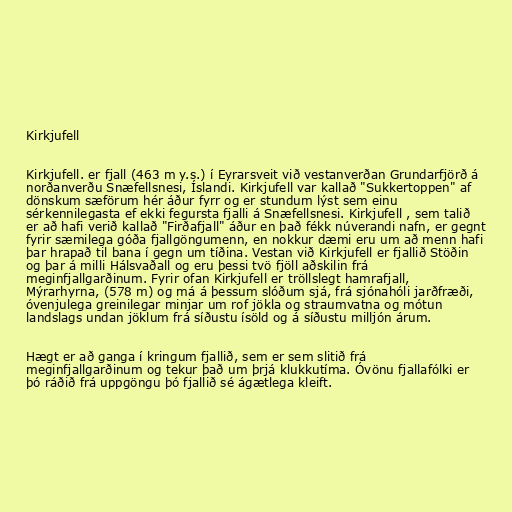
Kirkjufell

Kirkjufell. er fjall (463 m y.s.) í Eyrarsveit við vestanverðan Grundarfjörð á
norðanverðu Snæfellsnesi, Íslandi. Kirkjufell var kallað "Sukkertoppen" af
dönskum sæförum hér áður fyrr og er stundum lýst sem einu
sérkennilegasta ef ekki fegursta fjalli á Snæfellsnesi. Kirkjufell , sem talið
er að hafi verið kallað "Firðafjall" áður en það fékk núverandi nafn, er gegnt
fyrir sæmilega góða fjallgöngumenn, en nokkur dæmi eru um að menn hafi
þar hrapað til bana í gegn um tíðina. Vestan við Kirkjufell er fjallið Stöðin
og þar á milli Hálsvaðall og eru þessi tvö fjöll aðskilin frá
meginfjallgarðinum. Fyrir ofan Kirkjufell er tröllslegt hamrafjall,
Mýrarhyrna, (578 m) og má á þessum slóðum sjá, frá sjónahóli jarðfræði,
óvenjulega greinilegar minjar um rof jökla og straumvatna og mótun
landslags undan jöklum frá síðustu ísöld og á síðustu milljón árum.

Hægt er að ganga í kringum fjallið, sem er sem slitið frá
meginfjallgarðinum og tekur það um þrjá klukkutíma. Óvönu fjallafólki er
þó ráðið frá uppgöngu þó fjallið sé ágætlega kleift.